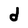
Character: d